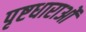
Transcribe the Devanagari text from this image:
पृष्टधाराओं